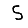
Digit: 5